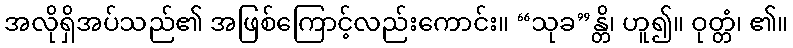
အလိုရှိအပ်သည်၏ အဖြစ်ကြောင့်လည်းကောင်း။ “သုခ”န္တိ၊ ဟူ၍။ ဝုတ္တံ၊ ၏။